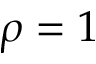
\rho = 1